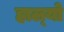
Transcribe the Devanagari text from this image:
हाल्‍यो